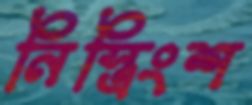
নিস্ত্রিংশ